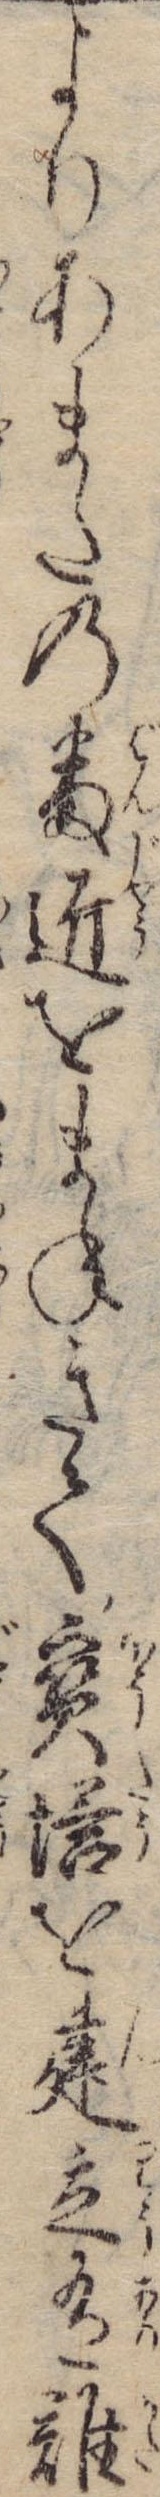
よりあまたの番匠をまねきて宝塔を建立有難